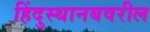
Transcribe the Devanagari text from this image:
हिंदुस्थानबवरील